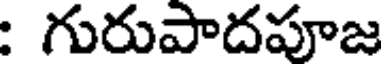
గురుపాదపూజ